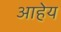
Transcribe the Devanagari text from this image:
आहेय